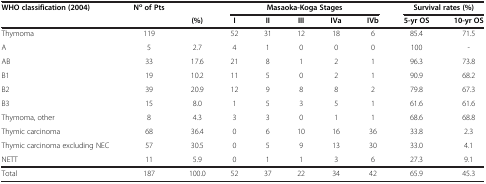
<table><thead><tr><td><b>WHO classification (2004)</b></td><td><b>N<sup>o </sup>of Pts</b></td><td><b> </b></td><td colspan="5"><b>Masaoka-Koga Stages</b></td><td colspan="2"><b>Survival rates (%)</b></td></tr><tr><td colspan="2"><b> </b></td><td><b>(%)</b></td><td><b>I</b></td><td><b>II</b></td><td><b>III</b></td><td><b>IVa</b></td><td><b>IVb</b></td><td><b>5-yr OS</b></td><td><b>10-yr OS</b></td></tr></thead><tbody><tr><td>Thymoma</td><td>119</td><td> </td><td>52</td><td>31</td><td>12</td><td>18</td><td>6</td><td>85.4</td><td>71.5</td></tr><tr><td>A</td><td>5</td><td>2.7</td><td>4</td><td>1</td><td>0</td><td>0</td><td>0</td><td>100</td><td>-</td></tr><tr><td>AB</td><td>33</td><td>17.6</td><td>21</td><td>8</td><td>1</td><td>2</td><td>1</td><td>96.3</td><td>73.8</td></tr><tr><td>B1</td><td>19</td><td>10.2</td><td>11</td><td>5</td><td>0</td><td>2</td><td>1</td><td>90.9</td><td>68.2</td></tr><tr><td>B2</td><td>39</td><td>20.9</td><td>12</td><td>9</td><td>8</td><td>8</td><td>2</td><td>79.8</td><td>67.3</td></tr><tr><td>B3</td><td>15</td><td>8.0</td><td>1</td><td>5</td><td>3</td><td>5</td><td>1</td><td>61.6</td><td>61.6</td></tr><tr><td>Thymoma, other</td><td>8</td><td>4.3</td><td>3</td><td>3</td><td>0</td><td>1</td><td>1</td><td>68.6</td><td>68.8</td></tr><tr><td>Thymic carcinoma</td><td>68</td><td>36.4</td><td>0</td><td>6</td><td>10</td><td>16</td><td>36</td><td>33.8</td><td>2.3</td></tr><tr><td>Thymic carcinoma excluding NEC</td><td>57</td><td>30.5</td><td>0</td><td>5</td><td>9</td><td>13</td><td>30</td><td>33.0</td><td>4.1</td></tr><tr><td>NETT</td><td>11</td><td>5.9</td><td>0</td><td>1</td><td>1</td><td>3</td><td>6</td><td>27.3</td><td>9.1</td></tr><tr><td>Total</td><td>187</td><td>100.0</td><td>52</td><td>37</td><td>22</td><td>34</td><td>42</td><td>65.9</td><td>45.3</td></tr></tbody></table>